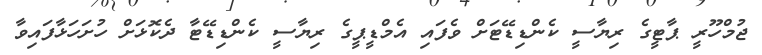
ޖުމްހޫރީ ޕާޓީގެ ރިޔާސީ ކެންޑިޑޭޓަށް ވެފައި އެމްޑީޕީގެ ރިޔާސީ ކެންޑިޑޭޓާ ދެކޮޅަށް ހުށަހަޅާފައިވާ